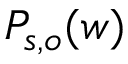
P _ { s , o } ( w )